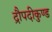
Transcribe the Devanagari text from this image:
द्रौपदीकुण्ड